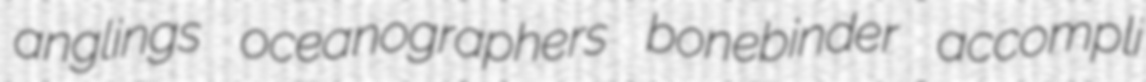
anglings oceanographers bonebinder accompli